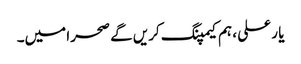
یا ر علی ، ہم کیمپنگ کریں گے صحرا میں۔